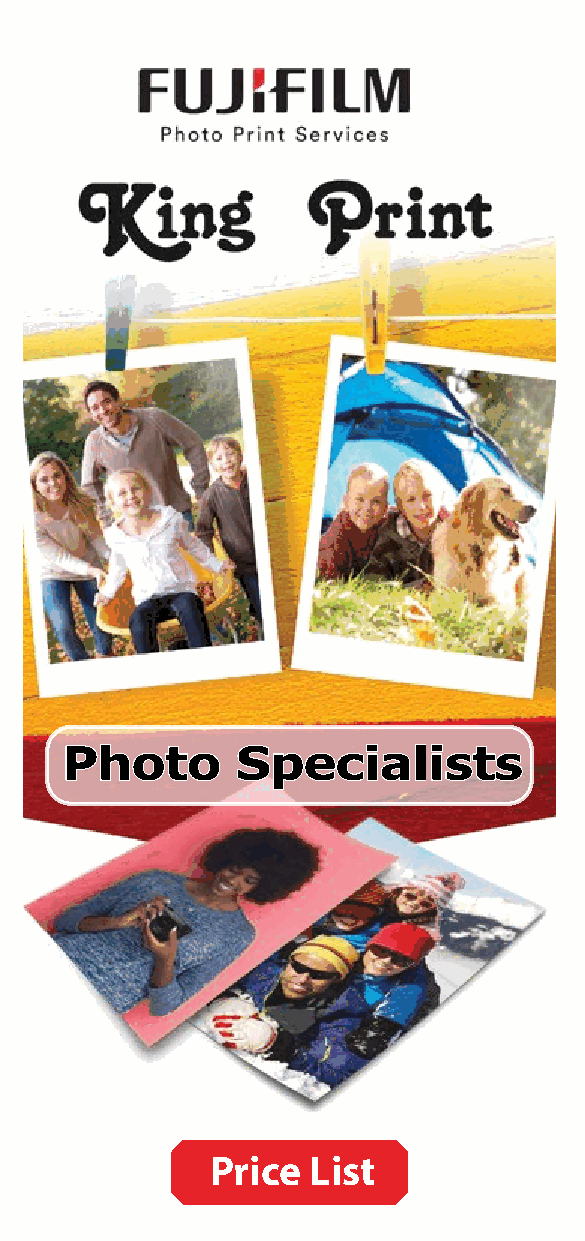
Photo Film Processing
 Gifts 6x4
 No. Exp 10-14 Days Extra Sets
 Description Price
 24 / 36 exp £15.95 £6.50
 Passport Keyrings 2 images £2.95
 7x5
 Mug £9.95
 No. Exp 10-14 Days Extra Sets
 Wrapping Paper 16x24 £8.95
 24 / 36 exp £21.50 £11.00
 Coaster x4 £15.80
 Photo Calendar 10x8 £14.95 Restoration
 Ceramic Fridge Magnet £7.95
 Full restoration, black and £34.95
 Mouse Mat £9.95 white, sepia or colour
 Jigsaw £14.95 Pop art £29.95
 Metal Flask £16.95 Caricature single image £29.95
 double £34.95
 Cushion Cover £15.95
 Art eff ect £29.95
 Glass Coaster £4.95
 Suede Fibre Cushion 450x450mm £29.95
 Photo Books
 More options
 online and instore
 Description Price
 Other services available
 4x4 / 5x5 Lustre or £10.95
 24 pages gloss • Cine & video footage to DVD
 8x8 Lustre £37.95 • Printing & Copying PPhhoottoo SSppeecciiaalliissttss
 24 pages Gloss £42.50 • Frames & Mount Cutting
 A4 Lustre £42.95 • Binoculars and Cameras
 24 pages Gloss £49.95 • Binding
 A3 Lustre £79.95 • Encapsulation Ask for more details
 24 pages Gloss £99.95
 Passport & ID Photos
 King Print
 No appointment needed, other sizes and digital also.
 Top of the Town, Fore street,
 Description Price
 Kingsbridge, Devon. TQ7 1PP
 British Passport (Prints or Digital) £11.95
 Tel: 01548 856757 Email: shop@king-print.co.uk
 British Passport (Prints & Digital) £16.95
 Website: www.king-print.co.uk
 ID / Driving Licence Photo £10.95
 OPENING TIMES
 American / Indian Visa 2x2 £14.95
 Monday-Saturday 10.00am-5.00pm Price List
 Smiley (take at the same time) £6.00
 Prices correct at time of print. Pictures for illustration purposes only. 08/21